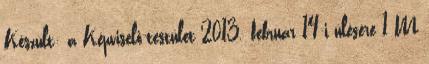
Készült: a Képviselő-testület 2013. február 14-i ülésére 1 M